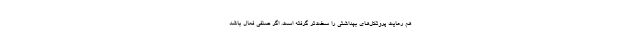
هم رعایت پروتکل‌های بهداشتی را سخت‌تر گرفته است. اگر صنفی فعال باشد